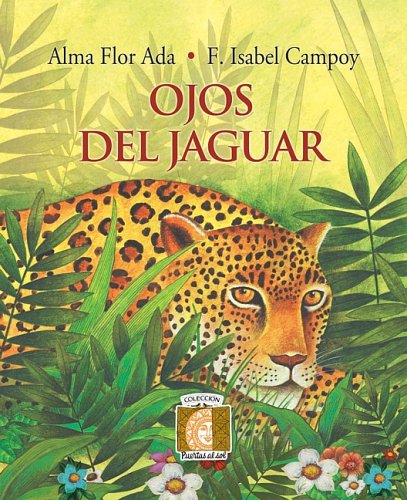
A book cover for Ojos del Jaguar (Puertas al Sol); F. Isabel Campoy Alma Flor ADA; Children's Books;